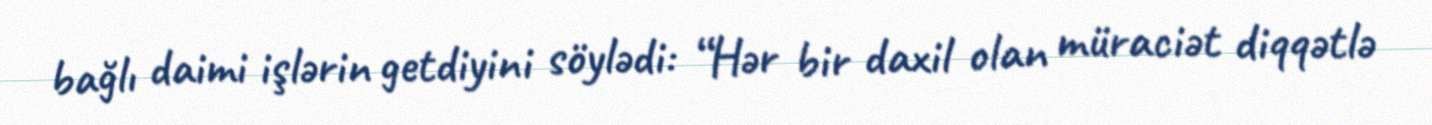
bağlı daimi işlərin getdiyini söylədi: “Hər bir daxil olan müraciət diqqətlə